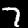
Digit: 7